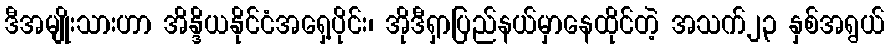
ဒီအမျိုးသားဟာ အိန္ဒိယနိုင်ငံအရှေ့ပိုင်း၊ အိုဒီရှာပြည်နယ်မှာနေထိုင်တဲ့ အသက်၂၃ နှစ်အရွယ်